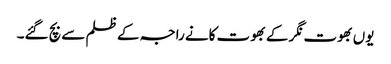
یوں بھوت نگر کے بھوت کانے راجہ کے ظلم سے بچ گئے۔